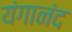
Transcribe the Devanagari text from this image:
यंगानंद